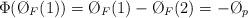
LaTeX: \begin{align*}\Phi(\O_F(1)) = \O_F(1) - \O_F(2) = -\O_p\end{align*}